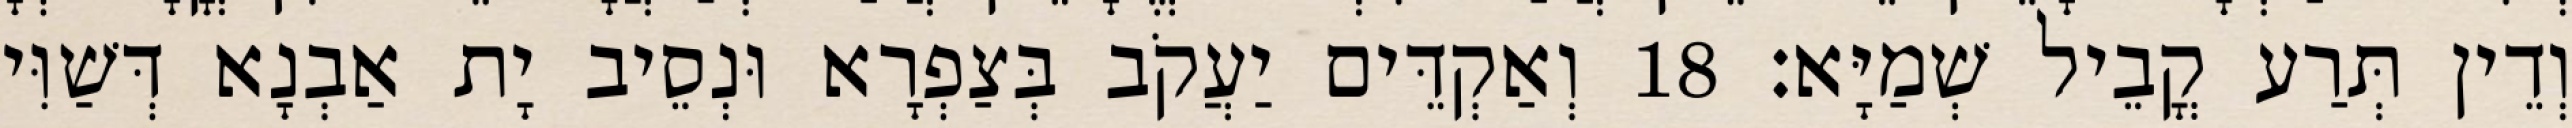
וְדֵין תְּרַע קֳבֵיל שְׁמַיָּא׃ 18 וְאַקְדֵּים יַעֲקֹב בְּצַפְרָא וּנְסֵיב יָת אַבְנָא דְּשַׁוִּי